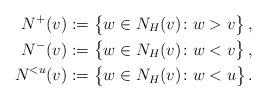
LaTeX: \begin{align*} N^+(v)&:=\big\{w\in N_H(v)\colon w>v\big\}\,,\\ N^-(v)&:=\big\{w\in N_H(v)\colon w<v\big\}\,,\\ N^{<u}(v)&:=\big\{w\in N_H(v)\colon w<u\big\}\,.\end{align*}